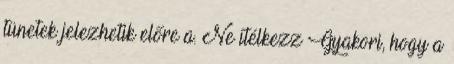
tünetek jelezhetik előre a. Ne ítélkezz Gyakori, hogy a